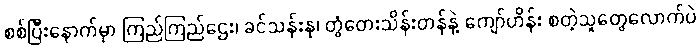
စစ်ပြီးနောက်မှာ ကြည်ကြည်ဌေး၊ ခင်သန်းနု၊ တွံတေးသိန်းတန်နဲ့ ကျော်ဟိန်း စတဲ့သူတွေလောက်ပဲ